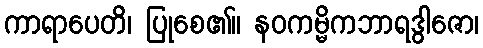
ကာရာပေတိ၊ ပြုစေ၏။ နဝကမ္မိကဘာရဒွါဇော၊